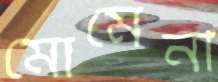
মোমেনী